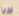
بريا